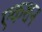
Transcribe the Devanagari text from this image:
एकशन